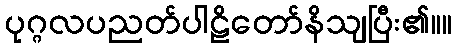
ပုဂ္ဂလပညတ်ပါဠိတော်နိသျပြီး၏။။